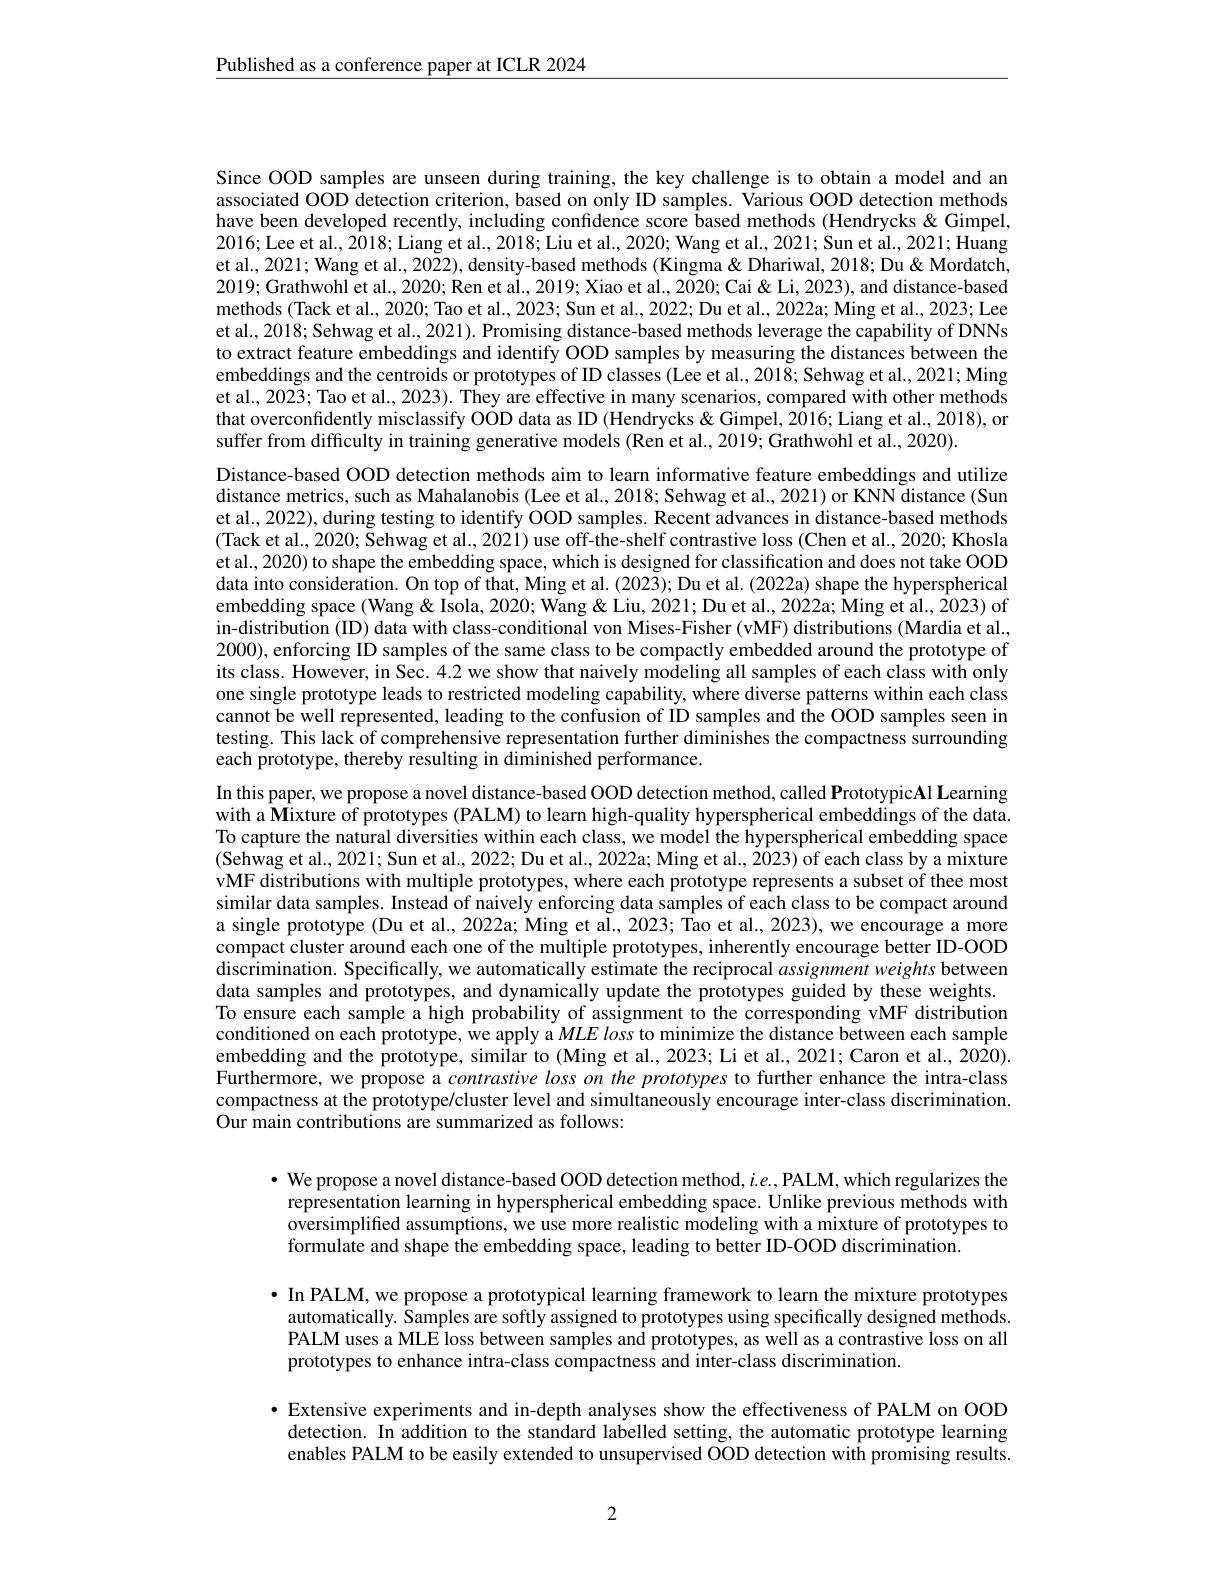
$\underline{\text{Published as a conference paper at ICLR 2024}}$

Since OOD samples are unseen during training, the key challenge is to obtain a model and an associated OOD detection criterion, based on only ID samples. Various OOD detection methods have been developed recently, including confidence score based methods (Hendrycks&Gimpel, 2016;Lee et al., 2018; Liang et al., 2018; Liu et al., 2020; Wang et al., 2021; Sun et al., 2021; Huang et al., 2021; Wang et al., 2022), density-based methods (Kingma& Dhariwal, 2018; Du& Mordatch, 2019; Grathwohl et al., 2020; Ren et al., 2019; Xiao et al., 2020; Cai & Li, 2023), and distance-based methods (Tack et al., 2020; Tao et al., 2023; Sun et al., 2022; Du et al., 2022a; Ming et al., 2023; Lee et al., 2018; Sehwag et al., 2021). Promising distance-based methods leverage the capability of DNNs to extract feature embeddings and identify OOD samples by measuring the distances between the embeddings and the centroids or prototypes of ID classes (Lee et al., 2018; Sehwag et al., 2021; Ming et al., 2023; Tao et al., 2023). They are effective in many scenarios, compared with other methods that overconfidently misclassify OOD data as ID (Hendrycks & Gimpel, 2016; Liang et al., 2018), or suffer from difficulty in training generative models (Ren et al., 2019; Grathwohl et al., 2020).
Distance-based OOD detection methods aim to learn informative feature embeddings and utilize distance metrics, such as Mahalanobis (Lee et al., 2018; Sehwag et al., 2021) or KNN distance (Sun et al., 2022), during testing to identify OOD samples. Recent advances in distance-based methods (Tack et al., 2020; Sehwag et al., 2021) use off-the-shelf contrastive loss (Chen et al., 2020; Khosla et al., 2020) to shape the embedding space, which is designed for classification and does not take OOD data into consideration. On top of that, Ming et al. (2023); Du et al. (2022a) shape the hyperspherical embedding space (Wang & Isola, 2020; Wang & Liu, 2021; Du et al., 2022a; Ming et al., 2023) of in-distribution (ID) data with class-conditional von Mises-Fisher (vMF) distributions (Mardia et al., 2000), enforcing ID samples of the same class to be compactly embedded around the prototype of its class. However, in Sec. 4.2 we show that naively modeling all samples of each class with only one single prototype leads to restricted modeling capability, where diverse patterns within each class cannot be well represented, leading to the confusion of ID samples and the OOD samples seen in testing. This lack of comprehensive representation further diminishes the compactness surrounding each prototype, thereby resulting in diminished performance.
In this paper, we propose a novel distance-based OOD detection method, called PrototypicAl Learning with a Mixture of prototypes (PALM) to learn high-quality hyperspherical embeddings of the data. To capture the natural diversities within each class, we model the hyperspherical embedding space (Sehwag et al, 2021; Sun et al., 2022; Du et al., 2022a; Ming et al., 2023) of each class by a mixture vMF distributions with multiple prototypes, where each prototype represents a subset of thee most similar data samples. Instead of naively enforcing data samples of each class to be compact around a single prototype (Du et al., 2022a; Ming et al., 2023; Tao et al., 2023), we encourage a more compact cluster around each one of the multiple prototypes, inherently encourage better ID-OOD discrimination. Specifically, we automatically estimate the reciprocal assignment weights between data samples and prototypes, and dynamically update the prototypes guided by these weights. To ensure each sample a high probability of assignment to the corresponding vMF distribution conditioned on each prototype, we apply a $MLE\textit{loss to minimize the distance between each sample}$ embedding and the prototype, similar to (Ming et al., 2023; Li et al., 2021; Caron et al., 2020). Furthermore, we propose a contrastive loss on the prototypes to further enhance the intra-class compactness at the prototype/cluster level and simultaneously encourage inter-class discrimination. Our main contributions are summarized as follows:

$\bullet$ We propose a novel distance-based OOD detection method, $i.e.$,PALM, which regularizes the representation learning in hyperspherical embedding space. Unlike previous methods with oversimplified assumptions, we use more realistic modeling with a mixture of prototypes to formulate and shape the embedding space, leading to better ID-OOD discrimination.

$\bullet$ In PALM, we propose a prototypical learning framework to learn the mixture prototypes
automatically. Samples are softly assigned to prototypes using specifically designed methods. PALM uses a MLE loss between samples and prototypes, as well as a contrastive loss on all prototypes to enhance intra-class compactness and inter-class discrimination.

$\bullet$ Extensive experiments and in-depth analyses show the effectiveness of PALM on OOD detection. In addition to the standard labelled setting, the automatic prototype learning enables PALM to be easily extended to unsupervised OOD detection with promising results

2